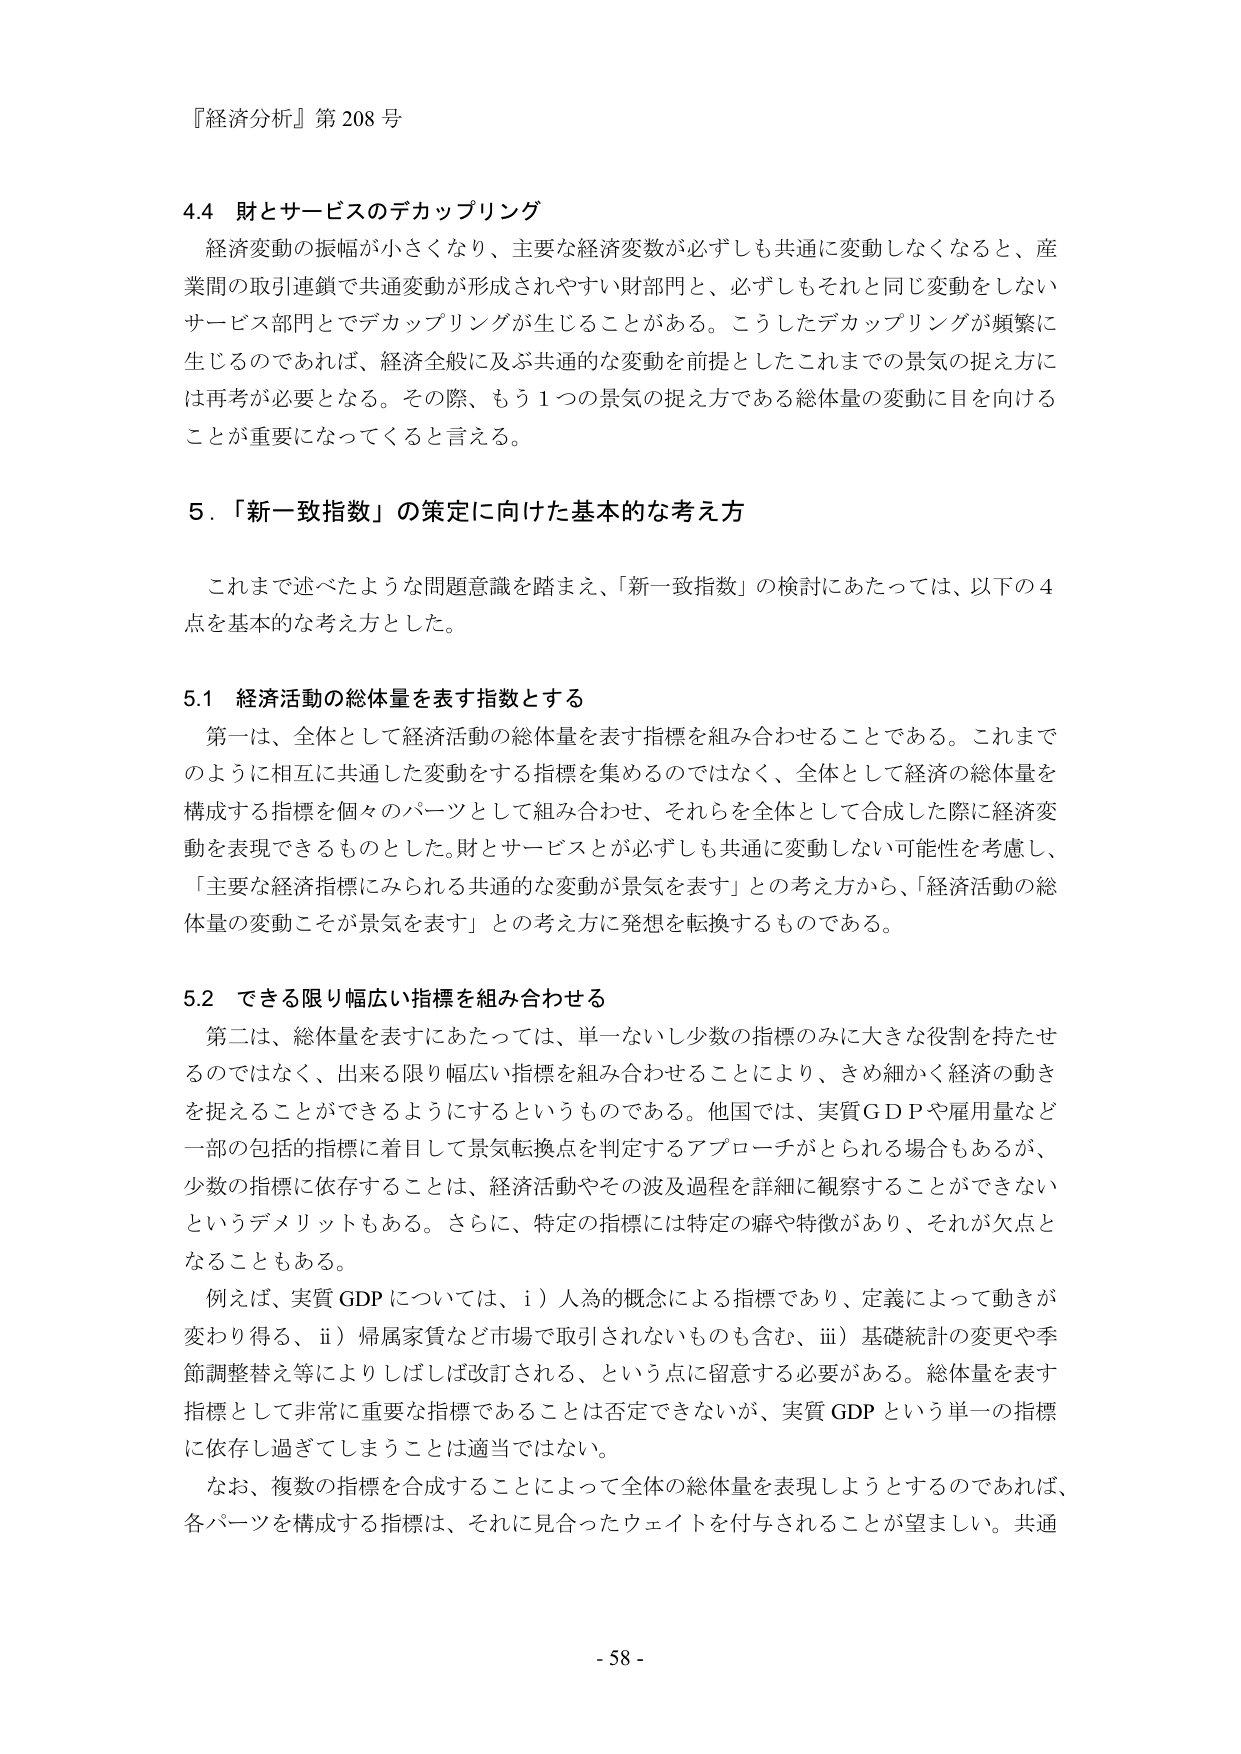
『経済分析』第208号

4.4 財とサービスのデカップリング
経済変動の振幅が小さくなり、主要な経済変数が必ずしも共通に変動しなくなると、産業間の取引連鎖で共通変動が形成されやすい財部門と、必ずしもそれと同じ変動をしないサービス部門とでデカップリングが生じることがある。こうしたデカップリングが頻繁に生じるのであれば、経済全般に及ぶ共通的な変動を前提としたこれまでの景気の捉え方には再考が必要となる。その際、もう1つの景気の捉え方である総体量の変動に目を向けることが重要になってくると言える。

5．「新一致指数」の策定に向けた基本的な考え方
これまで述べたような問題意識を踏まえ、「新一致指数」の検討にあたっては、以下の4点を基本的な考え方とした。

5.1 経済活動の総体量を表す指数とする
第一は、全体として経済活動の総体量を表す指標を組み合わせることである。これまでのように相互に共通した変動をする指標を集めるのではなく、全体として経済の総体量を構成する指標を個々のパーツとして組み合わせ、それらを全体として合成した際に経済変動を表現できるものとした。財とサービスとが必ずしも共通に変動しない可能性を考慮し、「主要な経済指標にみられる共通的な変動が景気を表す」との考え方から、「経済活動の総体量の変動こそが景気を表す」との考え方に発想を転換するものである。

5.2 できる限り幅広い指標を組み合わせる
第二は、総体量を表すにあたっては、単一ないし少数の指標のみに大きな役割を持たせるのではなく、出来る限り幅広い指標を組み合わせることにより、きめ細かく経済の動きを捉えることができるようにするというものである。他国では、実質GDPや雇用量など一部の包括的指標に着目して景気転換点を判定するアプローチがとられる場合もあるが、少数の指標に依存することは、経済活動やその波及過程を詳細に観察することができないというデメリットもある。さらに、特定の指標には特定の癖や特徴があり、それが欠点となることもある。
例えば、実質GDPについては、i）人為的概念による指標であり、定義によって動きが変わり得る、ii）帰属家賃など市場で取引されないものも含む、iii）基礎統計の変更や季節調整替え等によりしばしば改訂される、という点に留意する必要がある。総体量を表す指標として非常に重要な指標であることは否定できないが、実質GDPという単一の指標に依存し過ぎてしまうことは適当ではない。
なお、複数の指標を合成することによって全体の総体量を表現しようとするのであれば、各パーツを構成する指標は、それに見合ったウェイトを付与されることが望ましい。共通

- 58 -